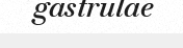
gastrulae